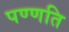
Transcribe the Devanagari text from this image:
पण्णति